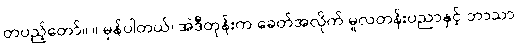
တပည့်တော်။ ။ မှန်ပါတယ်၊ အဲဒီတုန်းက ခေတ်အလိုက် မူလတန်းပညာနှင့် ဘာသာ